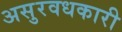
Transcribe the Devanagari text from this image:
असुरवधकारी